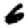
Digit: 6